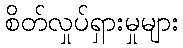
စိတ်လှုပ်ရှားမှုများ